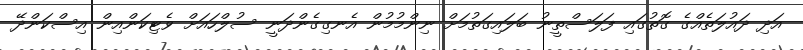
އަދި ދައުލަތެއްގެ ގޮތުގައި ފަލަސްތީނު ބަލައިގަތުމަށް ނިންމުމުން އެނގިގެންދަނީ ސުލްހައަށް ވެޓިކަންއިން އިސްކަންދޭ